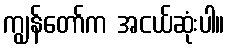
ကျွန်တော်က အငယ်ဆုံးပါ။